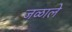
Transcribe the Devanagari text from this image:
जळाले